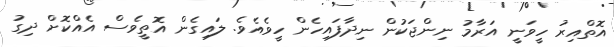
އޮތްއިރު ހީވަނީ އަރާމު ނިންޖަކުން ނިދާފައިހެން ހީވެއެވެ. ލައިގެން އޮތީވެސް އެއްކޮށް ދިގު